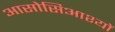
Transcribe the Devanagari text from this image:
आसोसिआश्यों